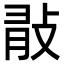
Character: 𢼿